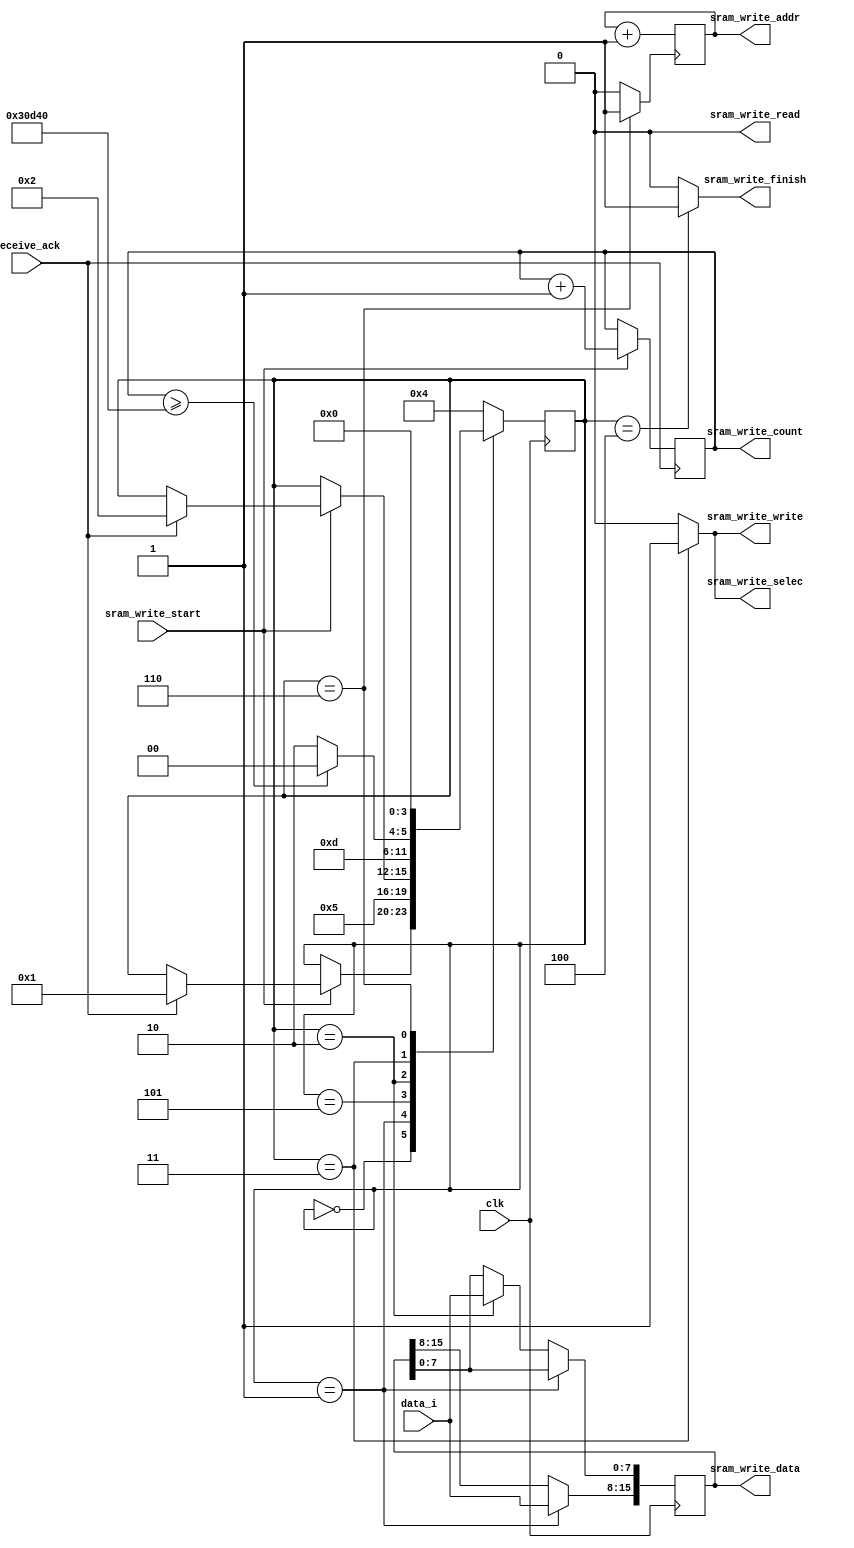
`timescale 1ns / 1ps
//////////////////////////////////////////////////////////////////////////////////
// Company: 
// Engineer: 
// 
// Design Name: 
// Module Name: sram_write
// Project Name: 
// Target Devices: 
// Tool Versions: 
// Description: 
// 
// Dependencies: 
// 
// Revision:
// Revision 0.01 - File Created
// Additional Comments:
// 
//////////////////////////////////////////////////////////////////////////////////


module sram_write_unit(
	clk,
	sram_write_start,
	data_i,
	receive_ack,
	sram_write_selec,
	sram_write_write,
	sram_write_read,
	sram_write_data,
	sram_write_addr,
	sram_write_finish,
	sram_write_count
    );
	
	input clk; // uart?clk
	input sram_write_start;
	input[7:0] data_i;
	input receive_ack;

	output sram_write_selec;
	output sram_write_write;
	output sram_write_read;
	output [15:0]sram_write_data;
	output [18:0]sram_write_addr;

	output sram_write_finish;
	output[19:0]sram_write_count;

	reg[18:0] addr_tmp=0;
	reg[15:0] data_tmp=0;
	assign sram_write_data = data_tmp;
	assign sram_write_addr = addr_tmp;

	wire sram_write_done;
	always @ (posedge sram_write_done)
		addr_tmp <= addr_tmp + 1;

	parameter N = 200000; //must oushu , same with sram_write_unit
	reg[19:0] count = 0; // Bytes data already got
	assign sram_write_count = count;
	always @ (posedge receive_ack)
		if(sram_write_start)
			count <= count + 1;

	localparam st_IDLE1 = 0,
			   st_D1 = 1,
			   st_D2 = 2,
			   st_SEND = 3,
			   st_FINISH = 4,
			   st_IDLE2 = 5,
			   st_WRITE_DONE=6;
	reg[3:0] cur_st=0,nxt_st=0;
	always@(posedge clk)
		cur_st <= nxt_st;
	always @ * begin
		nxt_st = cur_st;
		case(cur_st) 
			st_IDLE1:if(sram_write_start)if(receive_ack)nxt_st=st_D1;
			st_D1:nxt_st=st_IDLE2;
			st_IDLE2:if(sram_write_start)if(receive_ack)nxt_st=st_D2;
			st_D2:nxt_st=st_SEND;
			st_SEND:if(count>=N)nxt_st=st_FINISH;else nxt_st=st_WRITE_DONE;
			st_WRITE_DONE:nxt_st=st_IDLE1;
			st_FINISH:nxt_st=st_FINISH;
			default:nxt_st=st_FINISH;
		endcase
	end

	always @ (posedge clk)
		if(cur_st == st_D1)
			data_tmp[15:8] <= data_i;
		else if(cur_st == st_D2)
			data_tmp[7:0] <= data_i;

	assign sram_write_done = cur_st == st_WRITE_DONE ? 1'b1 : 1'b0;

	assign sram_write_write = cur_st == st_SEND ? 1'b1 : 1'b0;
	assign sram_write_read = 0;
	assign sram_write_selec = cur_st == st_SEND ? 1'b1 : 1'b0;

	assign sram_write_finish = cur_st == st_FINISH ? 1'b1 : 1'b0;
endmodule